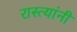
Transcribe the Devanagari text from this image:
रास्त्यांनी